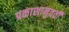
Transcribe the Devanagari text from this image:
प्रकाशानुवर्ती